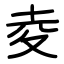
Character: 夌